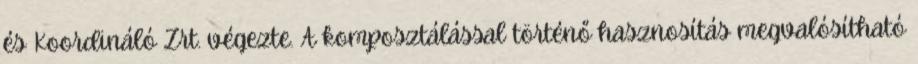
és Koordináló Zrt. végezte. A komposztálással történő hasznosítás megvalósítható